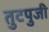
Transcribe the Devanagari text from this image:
तुटपुजी